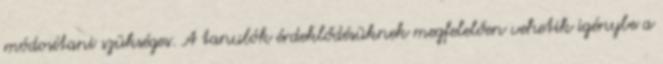
módosítani szükséges. A tanulók érdeklődésüknek megfelelően vehetik igénybe a